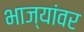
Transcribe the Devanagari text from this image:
भाज्यांवर